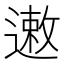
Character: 遫